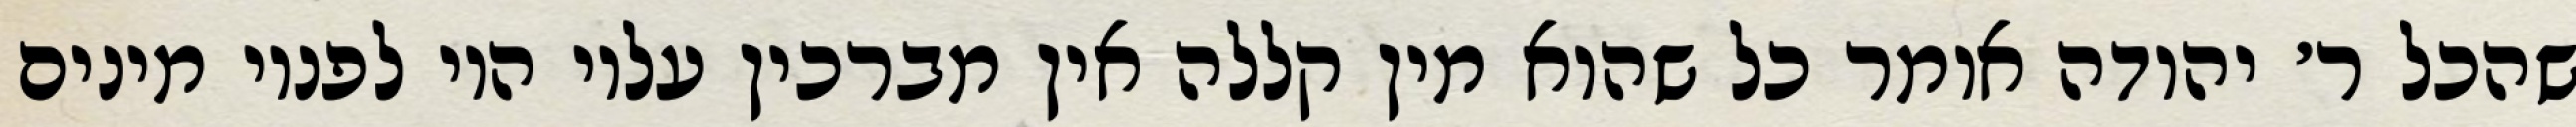
שהכל ר׳ יהודה אומר כל שהוא מין קללה אין מברכין עליו היו לפניו מינים